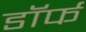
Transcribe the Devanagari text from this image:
डॉर्फ